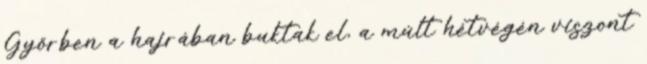
Győrben a hajrában buktak el, a múlt hétvégén viszont